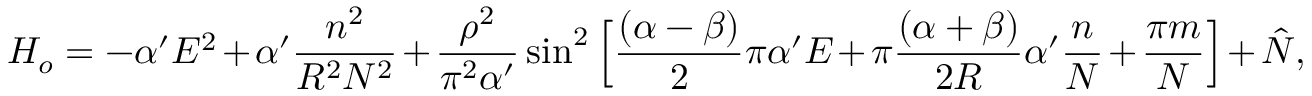
H _ { o } = - \alpha ^ { \prime } E ^ { 2 } + \alpha ^ { \prime } \frac { n ^ { 2 } } { R ^ { 2 } N ^ { 2 } } + \frac { \rho ^ { 2 } } { \pi ^ { 2 } \alpha ^ { \prime } } \sin ^ { 2 } \Big [ \frac { ( \alpha - \beta ) } { 2 } \pi \alpha ^ { \prime } E + \pi \frac { ( \alpha + \beta ) } { 2 R } \alpha ^ { \prime } \frac { n } { N } + \frac { \pi m } { N } \Big ] + \hat { N } ,